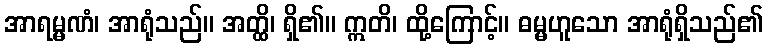
အာရမ္မဏံ၊ အာရုံသည်။ အတ္ထိ၊ ရှိ၏။ ဣတိ၊ ထို့ကြောင့်။ ဓမ္မဟူသော အာရုံရှိသည်၏